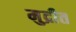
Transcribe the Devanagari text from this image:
मुद्रीत